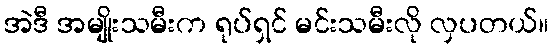
အဲဒီ အမျိုးသမီးက ရုပ်ရှင် မင်းသမီးလို လှပတယ်။